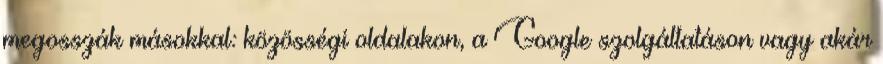
megosszák másokkal: közösségi oldalakon, a Google szolgáltatáson vagy akár